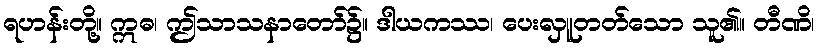
ရဟန်းတို့။ ဣဓ၊ ဤသာသနာတော်၌။ ဒါယကဿ၊ ပေးလှူတတ်သော သူ၏။ တီဏိ၊